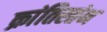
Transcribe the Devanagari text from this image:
क्रांतिस्तंभ